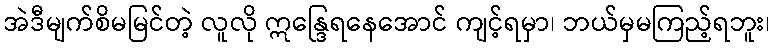
အဲဒီမျက်စိမမြင်တဲ့ လူလို ဣန္ဒြေရနေအောင် ကျင့်ရမှာ၊ ဘယ်မှမကြည့်ရဘူး၊